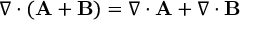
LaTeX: \nabla \cdot ( \mathbf { A } + \mathbf { B } ) = \nabla \cdot \mathbf { A } + \nabla \cdot \mathbf { B }